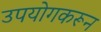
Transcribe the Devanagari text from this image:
उपयोगकरून